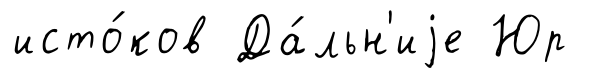
исто́ков Да́льн'иjе Юр